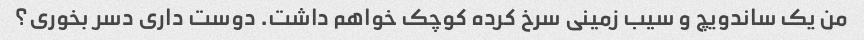
من یک ساندویچ و سیب زمینی سرخ کرده کوچک خواهم داشت. دوست داری دسر بخوری؟